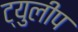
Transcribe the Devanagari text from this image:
ट्युलीप